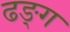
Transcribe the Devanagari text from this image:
ढङ्ग